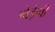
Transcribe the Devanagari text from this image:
गेईगी